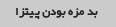
بد مزه بودن پیتزا